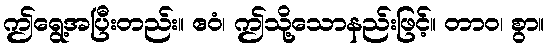
ဤရွေ့အပြီးတည်း။ ဧဝံ၊ ဤသို့သောနည်းဖြင့်။ တာဝ၊ စွာ။